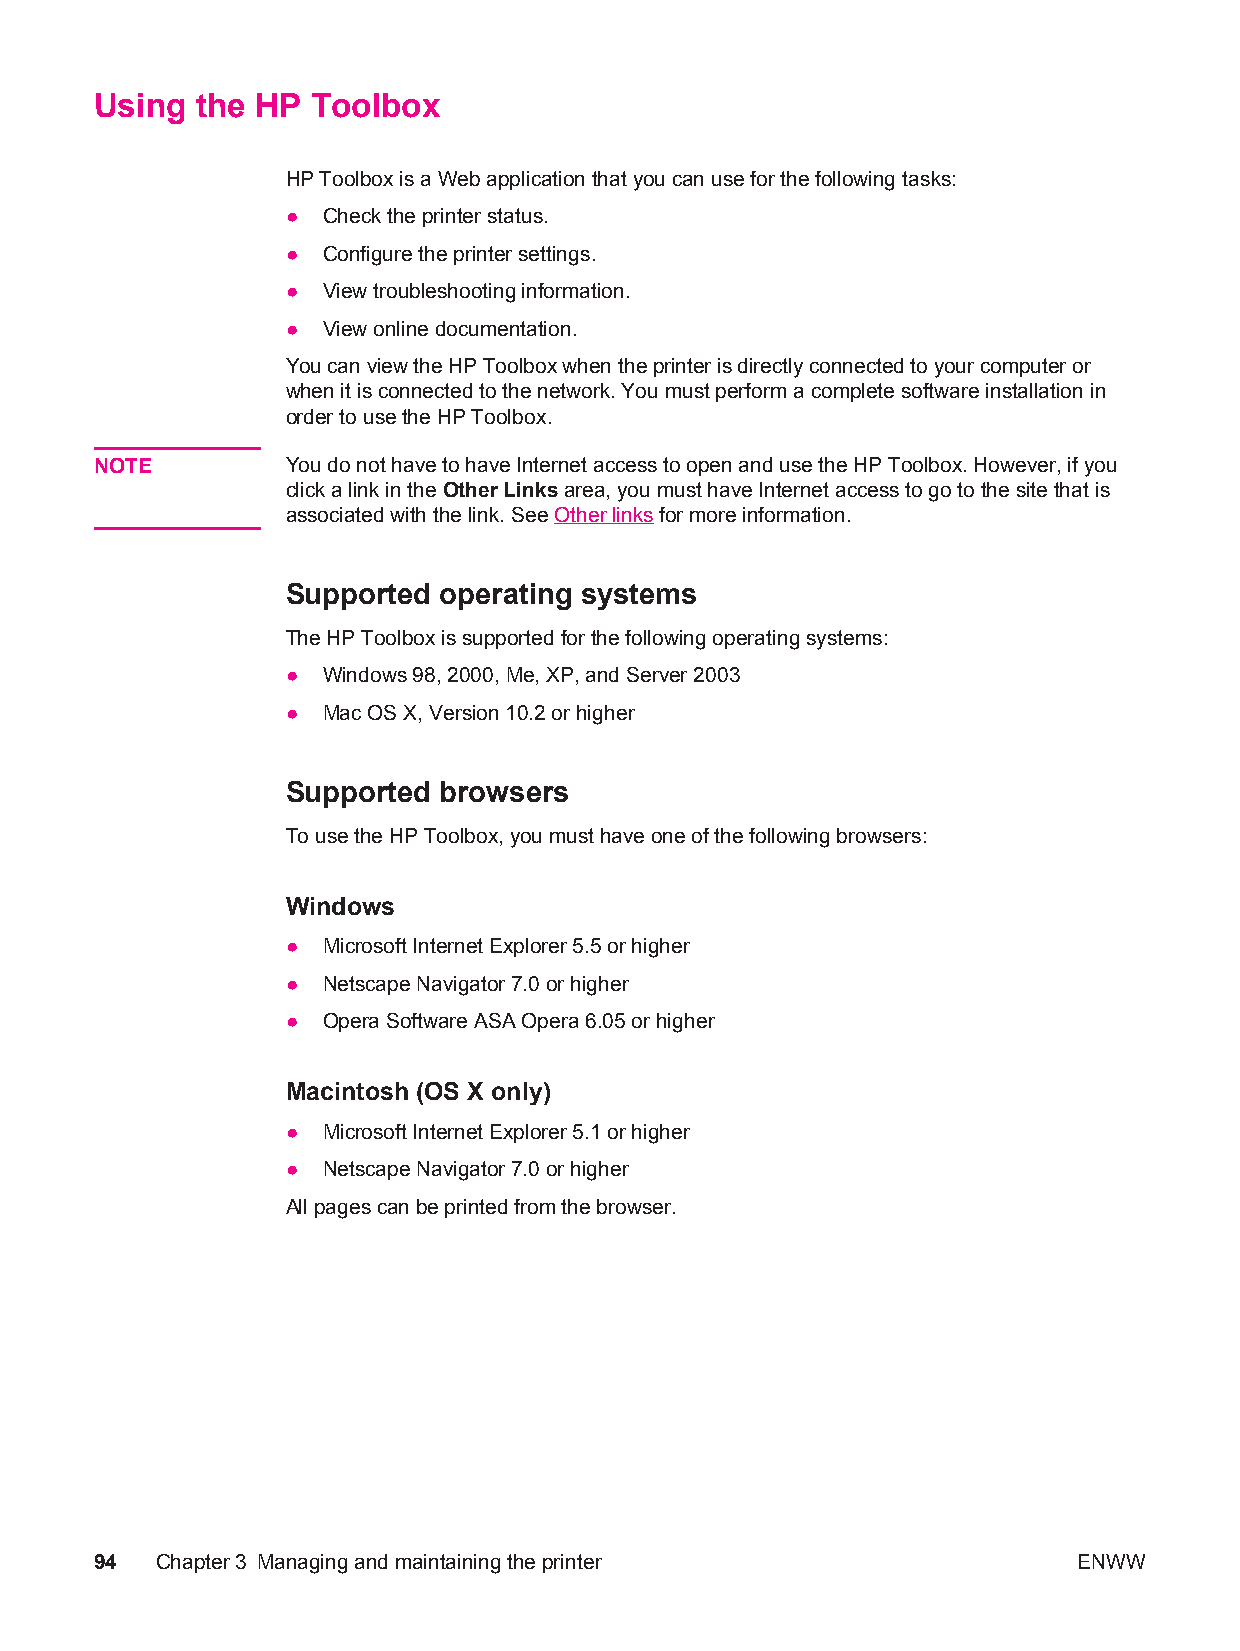
Using  the HP  Toolbox
 HP Toolbox is a Web application that you can use for the following tasks:
 ● Check the printer status.
 ● Configure the printer settings.
 ● View troubleshooting information.
 ● View online documentation.
 You can view the HP Toolbox when the printer is directly connected to your computer or
 when it is connected to the network. You must perform a complete software installation in
 order to use the HP Toolbox.
 NOTE         You do not have to have Internet access to open and use the HP Toolbox. However, if you
 click a link in the Other Links area, you must have Internet access to go to the site that is
 associated with the link. See Other links for more information.
 Supported operating systems
 The HP Toolbox is supported for the following operating systems:
 ● Windows 98, 2000, Me, XP, and Server 2003
 ● Mac OS X, Version 10.2 or higher
 Supported browsers
 To use the HP Toolbox, you must have one of the following browsers:
 Windows
 ● Microsoft Internet Explorer 5.5 or higher
 ● Netscape Navigator 7.0 or higher
 ● Opera Software ASA Opera 6.05 or higher
 Macintosh (OS X only)
 ● Microsoft Internet Explorer 5.1 or higher
 ● Netscape Navigator 7.0 or higher
 All pages can be printed from the browser.
 94  Chapter3 Managing and maintaining the printer                ENWW